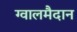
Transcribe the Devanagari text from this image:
ग्वालमैदान